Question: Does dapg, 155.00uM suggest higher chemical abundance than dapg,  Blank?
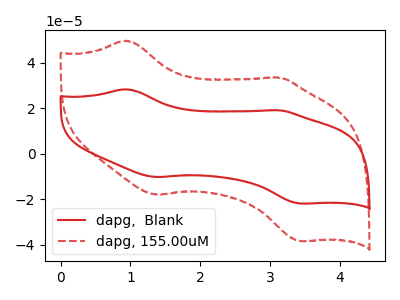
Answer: <think>The red curve "dapg,  Blank" has anodic peaks at (0.95V, 28.30uA) (3.10V, 19.05uA) and cathodic peaks at (1.35V, -10.25uA) (3.45V, -21.85uA). The red dashed curve "dapg, 155.00uM" has anodic peaks at (0.95V, 49.60uA) (3.10V, 33.45uA) and cathodic peaks at (1.35V, -17.95uA) (3.45V, -38.35uA).
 All the peaks in "dapg, 155.00uM" have a peak in "dapg,  Blank" at the same potential. Every peak in "dapg, 155.00uM" is higher than every peak in "dapg,  Blank".</think>
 <answer>"dapg, 155.00uM" has more signal than "dapg,  Blank".</answer>
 <eval>more_signal</eval>